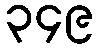
၃၄၉